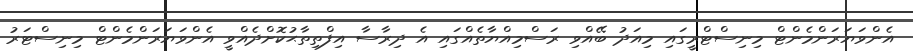
އެންވަޔަރަންމެންޓް މިނިސްޓްރީގައި މިއަދު ބޭއްވި ރަސްމިއްޔާތެއްގައި އެ ދިރާސާ އިފްތިތާޙުކޮށްދެއްވީ އެންވަޔަރަންމެންޓް މިނިސްޓަރު